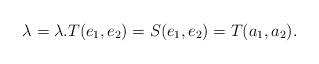
LaTeX: \begin{align*}\lambda=\lambda.T(e_{1},e_{2})=S(e_{1},e_{2})=T(a_{1},a_{2}).\end{align*}